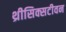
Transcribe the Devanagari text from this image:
थ्रीसिक्सटीवन